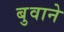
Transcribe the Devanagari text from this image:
बुवाने